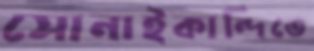
সোনাইকান্দিতে